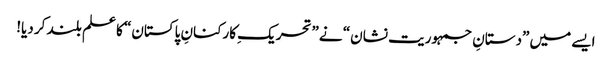
ایسے میں ”دستانِ جمہوریت نشان“ نے ”تحریکِ کارکنانِ پاکستان“ کا علم بلند کر دیا!